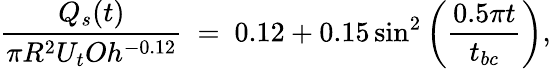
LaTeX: \frac{Q_{s}(t)}{\pi R^{2}U_{t}Oh^{-0.12}}~=~0.12+0.15\sin^{2}\left(\frac{0.5\pi t}{t_{bc}}\right),